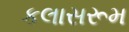
કલાસરૂમ